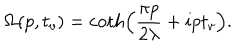
LaTeX: \Omega ( p , t _ { v } ) = \coth \left( \frac { \pi p } { 2 \lambda } + i p t _ { v } \right) .